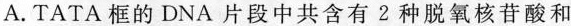
A.TATA框的DNA片段中共含有2中脱氧核苷酸和